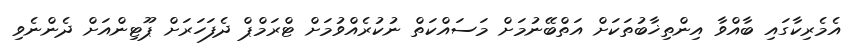
އެމެރިކާގައި ބާއްވާ އިންތިޚާބުތަކަށް އަތްބޭނުމަށް މަސައްކަތް ނުކުރެއްވުމަށް ޓްރަމްޕް ދެފަހަރަށް ޕޫޓިންއަށް ދެންނެވި